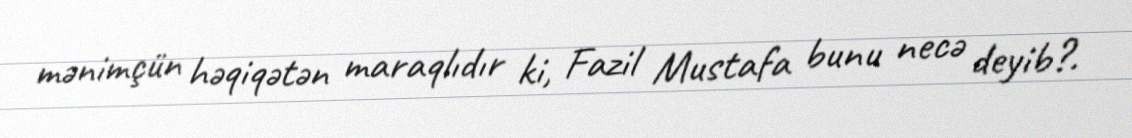
mənimçün həqiqətən maraqlıdır ki, Fazil Mustafa bunu necə deyib?.